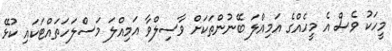
މީހަކު ވެސް އެ މީހެއްގެ އަމިއްލަ ބޭނުންތަކަށް ވާސިލްވާ އަމިއްލަ މަސްލަހަތައްޓަކައި ކުޅޭ